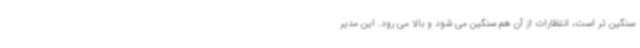
سنگین تر است، انتظارات از آن هم سنگین می شود و بالا می رود. این مدیر